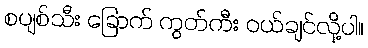
စပျစ်သီး ခြောက် ကွတ်ကီး ဝယ်ချင်လို့ပါ။